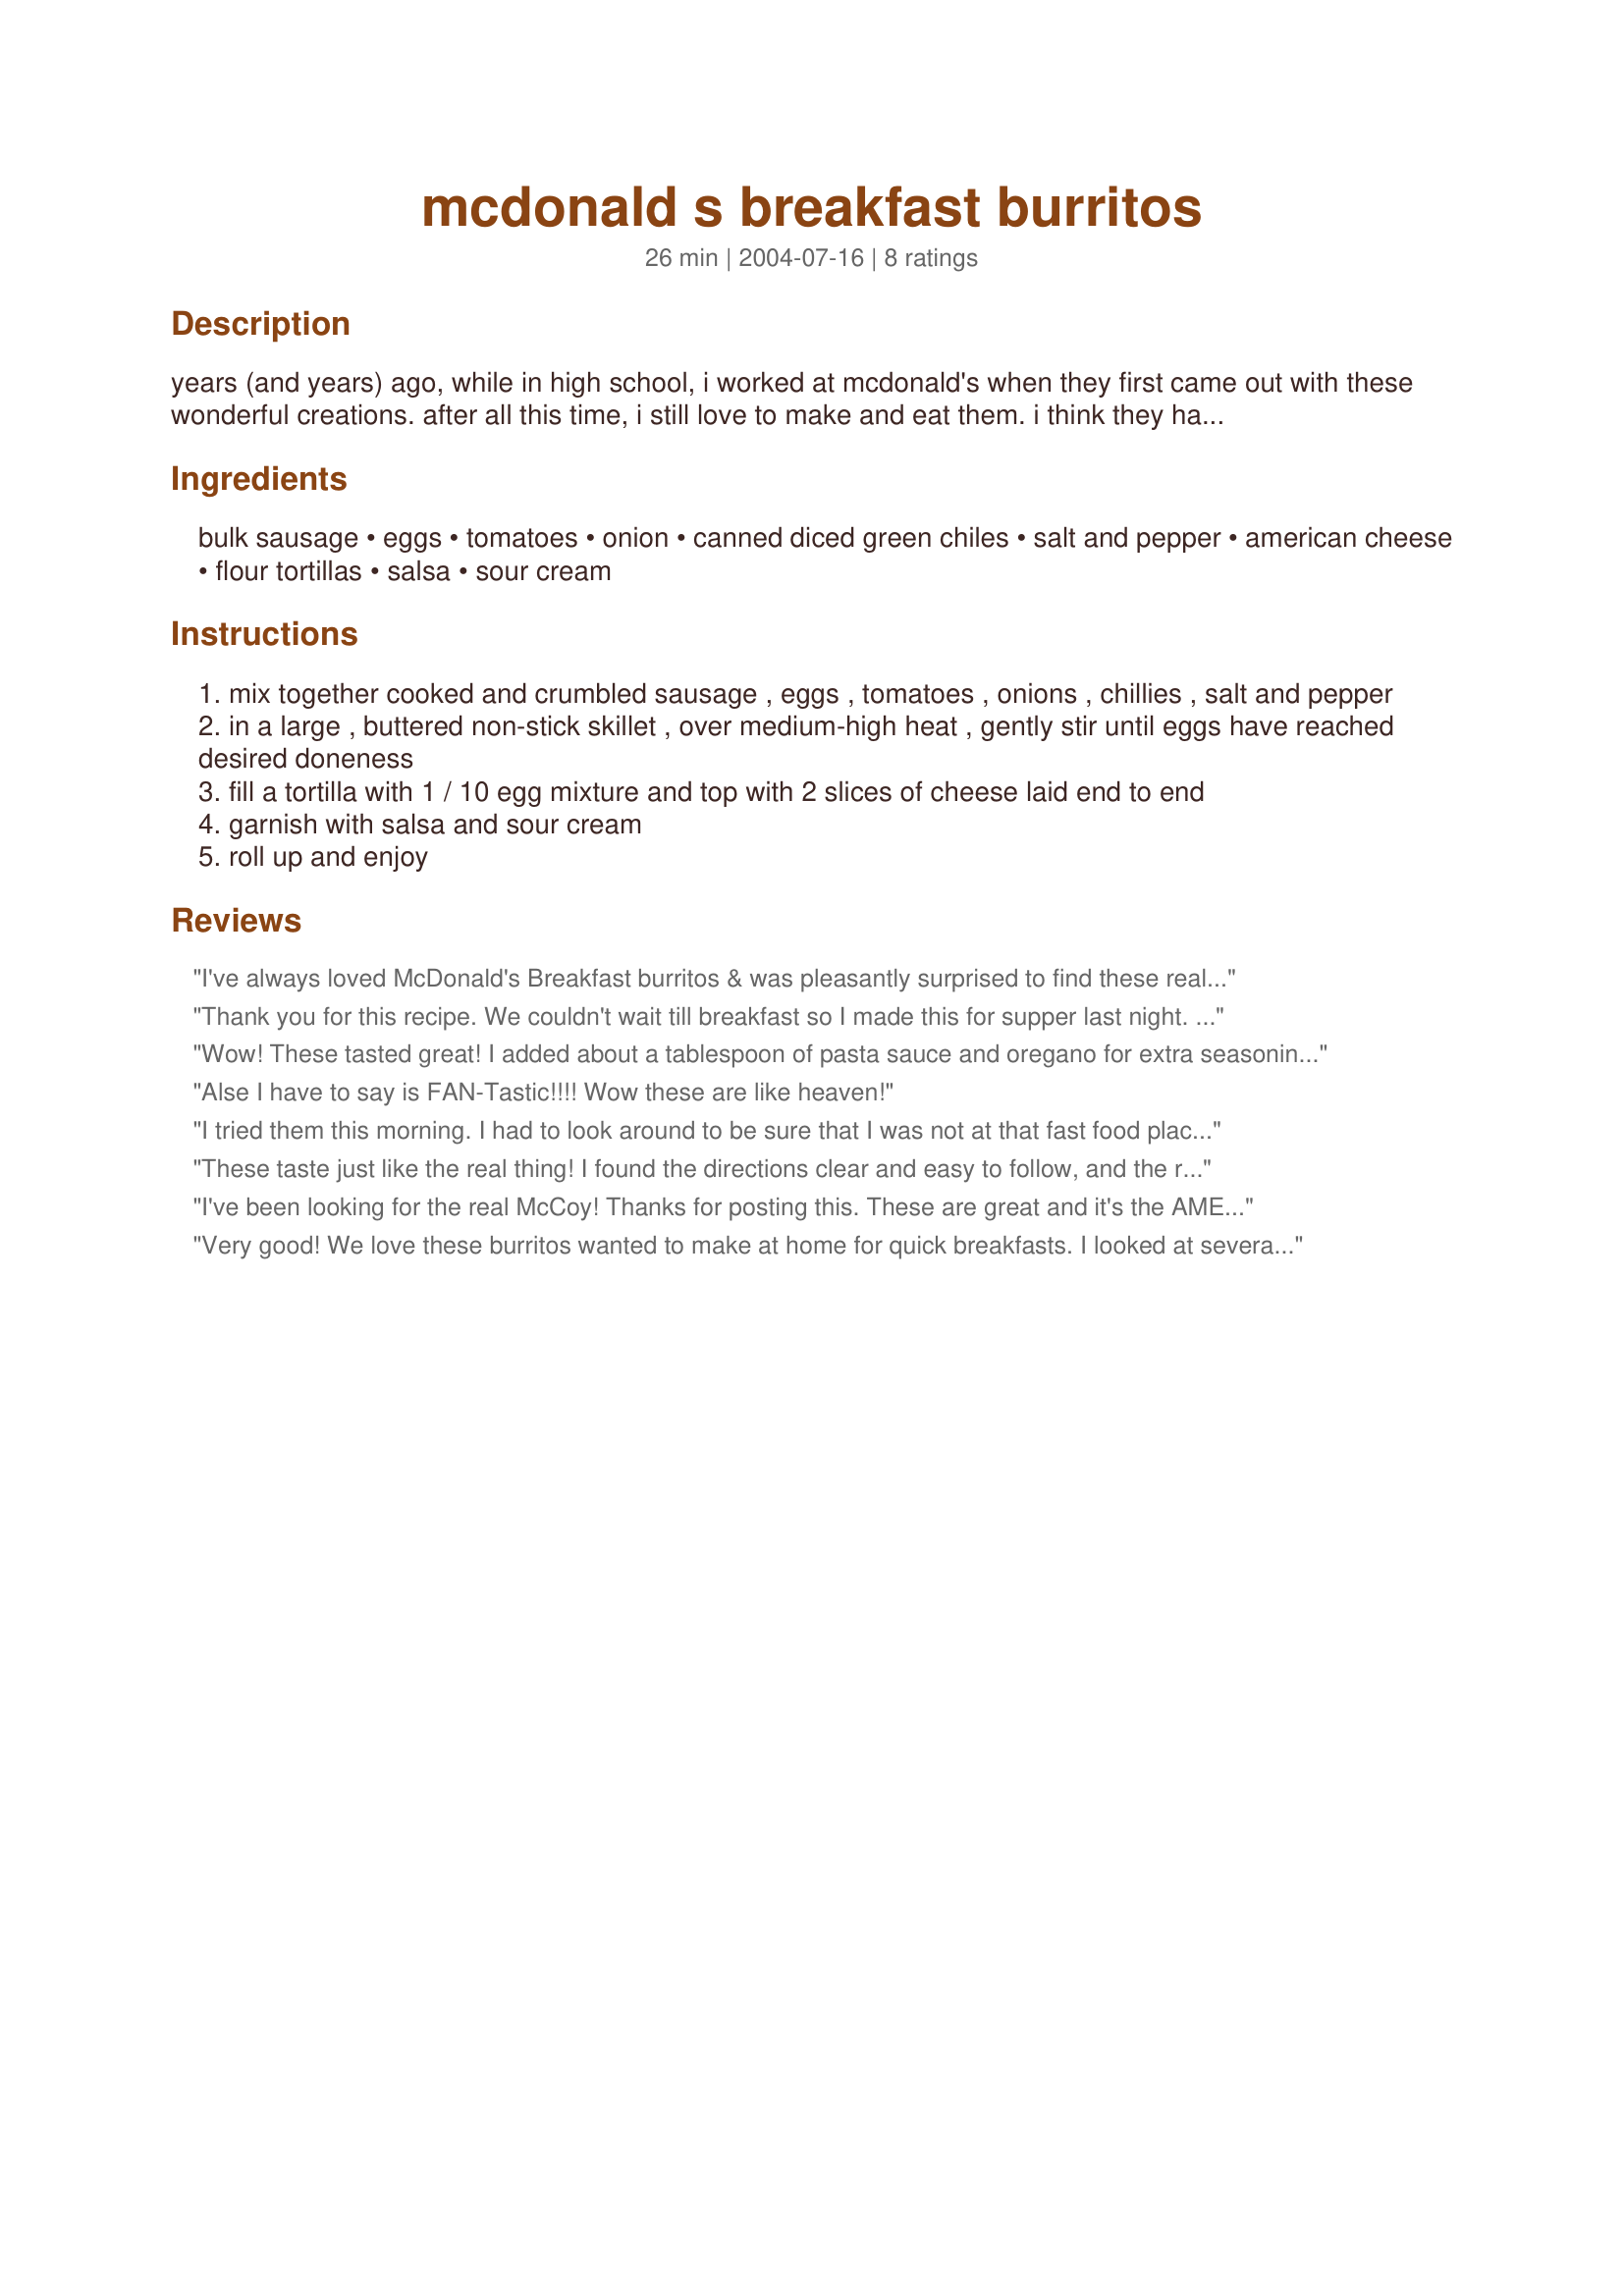
mcdonald s breakfast burritos
Preparation time: 26 minutes

years (and years) ago, while in high school, i worked at mcdonald's when they first came out with these wonderful creations. after all this time, i still love to make and eat them. i think they have changed it over the years for the dollar menu but this is the original recipe. sometimes when i don't have fresh tomatoes i substitute a little salsa or some drained rotel tomatoes taste the best. if you go with the rotel option, you can omit the diced green chilies that are called for in the recipe.

Ingredients:
bulk sausage, eggs, tomatoes, onion, canned diced green chiles, salt and pepper, american cheese, flour tortillas, salsa, sour cream

Steps:
mix together cooked and crumbled sausage , eggs , tomatoes , onions , chillies , salt and pepper
in a large , buttered non-stick skillet , over medium-high heat , gently stir until eggs have reached desired doneness
fill a tortilla with 1 / 10 egg mixture and top with 2 slices of cheese laid end to end
garnish with salsa and sour cream
roll up and enjoy

Reviews:
I've always loved McDonald's Breakfast burritos & was pleasantly surprised to find these really do taste very similar. I used 1 entire pound of sausage & 1 can of drained, diced tomatoes instead of the fresh, otherwise I followed all instructions (this gave me 12 nicely-packed burritos). Even more surprisingly, they taste BETTER the next day AND they freeze well (zip em in the microwave for about 90 secs & you'll have a quicker-than-fast food breakfast!)! Thanks Jenny...I'll be making these regularly!!! :)
Thank you for this recipe. We couldn't wait till breakfast so I made this for supper last night. I had to make it without the green chilies tho because I didn't have what I thought I did. Very easy to prepare and tasted wonderful. Thanks again.
Wow! These tasted great! I added about a tablespoon of pasta sauce and oregano for extra seasoning. They\\\'re quite filling too. Thank you!!
Alse I have to say is FAN-Tastic!!!! Wow these are like heaven!
I tried them this morning. I had to look around to be sure that I was not at that fast food place. Great, thanx Geo.
These taste just like the real thing! I found the directions clear and easy to follow, and the results were very tasty. A great idea for a kid's sleepover party breakfast.
I've been looking for the real McCoy! Thanks for posting this. These are great and it's the AMERICAN cheese that really makes these what they are!
Very good! We love these burritos wanted to make at home for quick breakfasts. I looked at several recipes this one is what we chose. I wanted to use what we had on hand &amp; some other reviews said that McD&#039;s uses dehydrated onion reconstituted. I used some Jimmy Dean Turkey sausage patties (frozen) chopped up. Canned diced tomato, canned chilies, dried chopped onion. Of course we ate some that night for dinner. We froze the rest and in the morning microwaved for 1:30-2 mins and they taste even better!!
